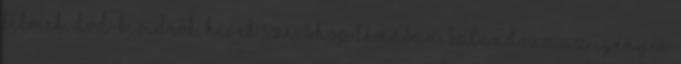
filmek, dvd-k, videók, hírek szexshop témában. Kalandozz az igényes